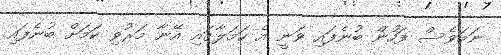
ނަމަވެސް ފަހުން ބުނެފައި ވަނީ އެ ހަމަލާގައި އޭނާ މަރުވި ކަމަށް ބުނެފައި